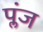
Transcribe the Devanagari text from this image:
प्लंज